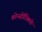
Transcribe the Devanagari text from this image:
कोन्सोर्टियमचे